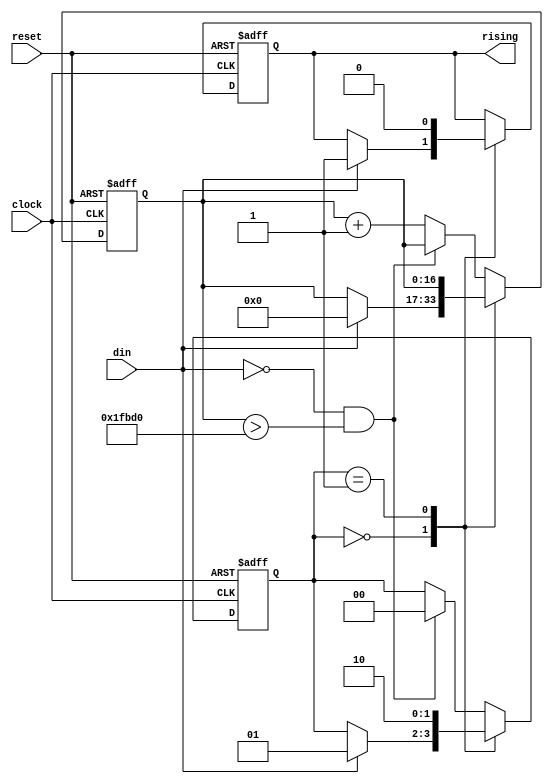
module edge_detector
(
  input clock, reset, din,
  output reg rising
);

  reg [16:0] contador;
  reg [1:0] EA;

  always @(posedge clock or posedge reset)
  begin
    if (reset == 1'b1) begin
	  EA <= 2'd0;
      rising <= 1'b0;
	  contador <= 17'd0;
    end
    else begin
      case (EA)
        2'd0 : begin
          if (din == 1'b1) begin
            contador <= 17'd0;
			EA <= 2'd1;
			rising <= 1'b1;
          end
        end
        2'd1 : begin
	      EA <= 2'd2;
	      rising <= 1'b0;
        end	
        default : begin
          if (din == 1'b0 && contador > 130000) begin // tempo de 2,6 ms para filtrar ruido
            EA <= 2'd0;
		  end
		  else begin
		    contador <= contador + 1;
          end
        end
      endcase
    end
  end

endmodule